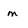
Character: m